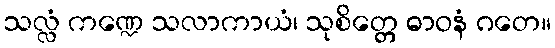
သလ္လံ ကဏ္ဍေ သလာကာယံ၊ သုစိတ္တေ ဓာဝနံ ဂတေ။